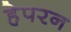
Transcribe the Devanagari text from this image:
हेपरन